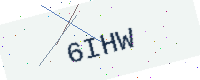
Text: 6IHW